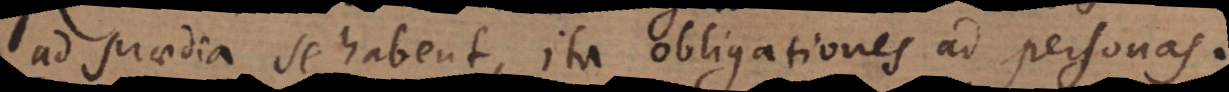
ad praedia se habent, ita obligationes ad personas.